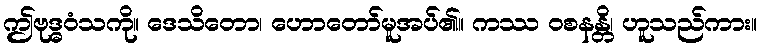
ဤဗုဒ္ဓဝံသကို။ ဒေသိတော၊ ဟောတော်မူအပ်၏။ ကဿ ဝစနန္တိ၊ ဟူသည်ကား။